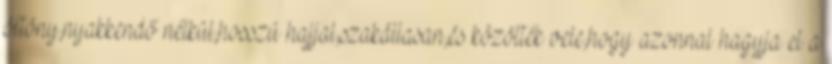
öltöny,nyakkendő nélkül,hosszú hajjal,szakállasan,és közölték vele,hogy azonnal hagyja el a